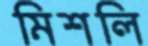
মিশলি